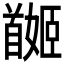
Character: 𩠯